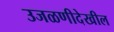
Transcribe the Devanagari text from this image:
उजळणीदेखील